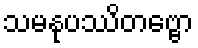
သမနုပဿိတဗ္ဗော